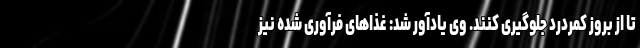
تا از بروز کمردرد جلوگیری کنند. وی یادآور شد: غذاهای فرآوری شده نیز